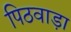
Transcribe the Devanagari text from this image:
पिठवाड़ा